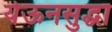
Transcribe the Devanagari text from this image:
येऊनसुद्धा